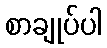
စာချုပ်ပါ